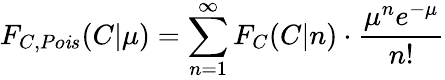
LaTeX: F_{C,Po\mathit{i}s}(C|\mu)=\sum_{n=1}^{\infty}F_{C}(C|n)\cdot\frac{{\mu^{n}e^{-\mu}}}{{n!}}